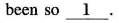
been so \underline{1}